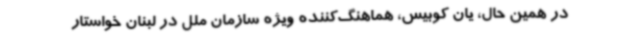
در همین حال، یان کوبیس، هماهنگ‌کننده ویژه سازمان ملل در لبنان خواستار